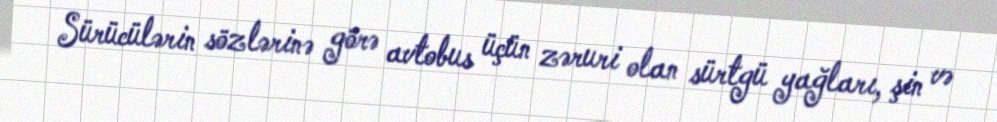
Sürücülərin sözlərinə görə avtobus üçün zəruri olan sürtgü yağları, şin və